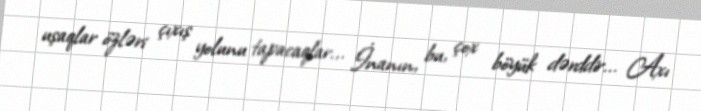
uşaqlar özləri çıxış yolunu tapacaqlar... İnanın, bu, çox böyük dərddir... Axı